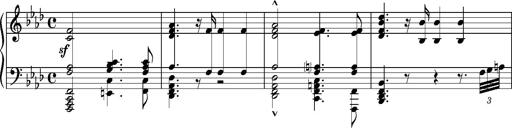
Title: Introduction des Variations sur une marche du SiÃ¨ge de Corinthe, S.421a
Composer: Franz Liszt
Key: F minor